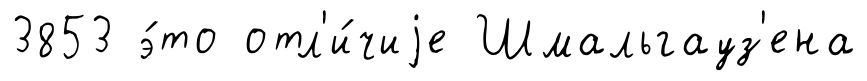
3853 э́то отл'и́чиjе Шмальгауз'ена